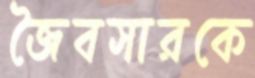
জৈবসারকে